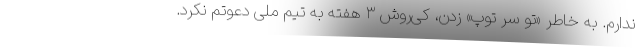
ندارم. به خاطر «تو سر توپ» زدن، کی‌روش ۳ هفته به تیم ملی دعوتم نکرد.